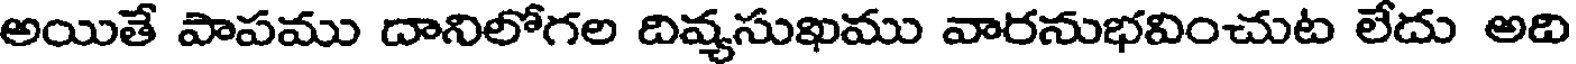
అయితే పాపము దానిలోగల దివ్యసుఖము వారనుభవించుట లేదు అది